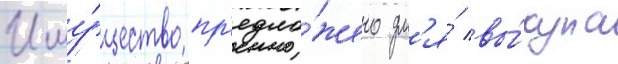
Иму́щество пр'едло́жено дл'я́ вы́купа